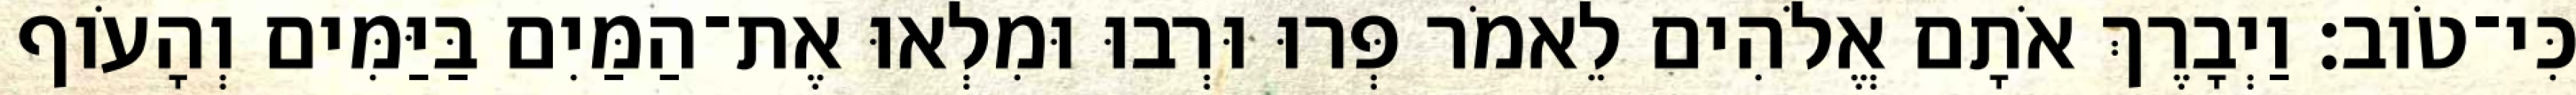
כִּי־טֹוב׃ וַיְבָרֶךְ אֹתָם אֱלֹהִים לֵאמֹר פְּרוּ וּרְבוּ וּמִלְאוּ אֶת־הַמַּיִם בַּיַּמִּים וְהָעֹוף